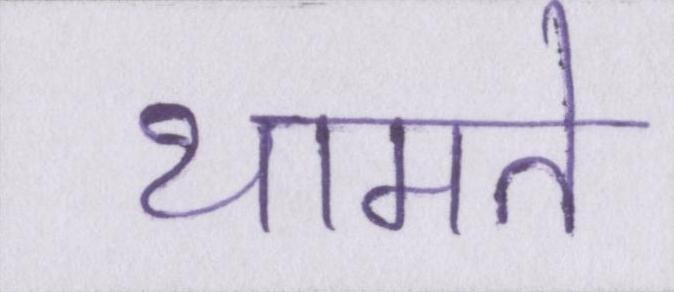
थामते